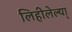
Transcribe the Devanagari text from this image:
लिहीलेल्या्